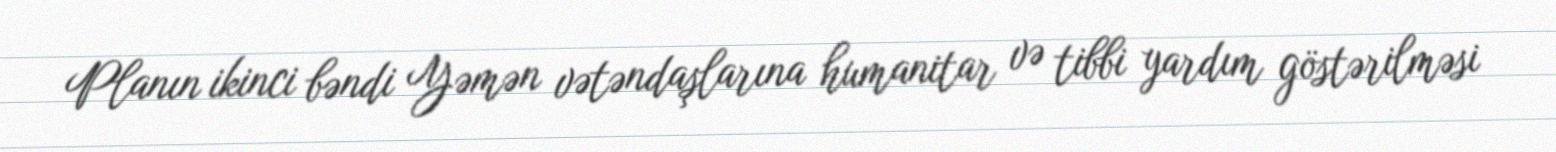
Planın ikinci bəndi Yəmən vətəndaşlarına humanitar və tibbi yardım göstərilməsi